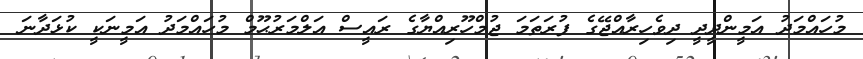
މުހައްމަދު އަމީންދީދީ ދިވެހިރާއްޖޭގެ ފުރަތަމަ ޖުމްހޫރިއްޔާގެ ރައީސް އަލްމަރުޙޫމް މުހައްމަދު އަމީނަކީ ކުޅަދާނަ